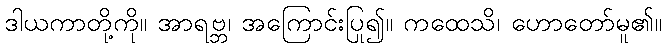
ဒါယကာတို့ကို။ အာရဗ္ဘ၊ အကြောင်းပြု၍။ ကထေသိ၊ ဟောတော်မူ၏။